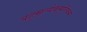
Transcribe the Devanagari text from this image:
बहुमूल्येकमूर्तिकम्‌